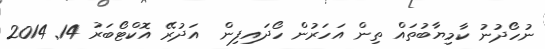
ނުހޯދުނު ކާމިޔާބުތައް ތިން އަހަރުން ހޯދައިފިން  އަދުރޭ އޮކްޓޯބަރު 14